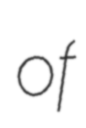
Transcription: of